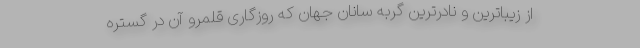
از زیباترین و نادرترین گربه سانان جهان که روزگاری قلمرو آن در گستره